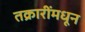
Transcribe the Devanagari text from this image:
तक्रारींमधून